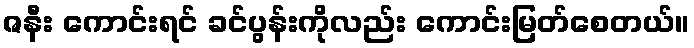
ဇနီး ကောင်းရင် ခင်ပွန်းကိုလည်း ကောင်းမြတ်စေတယ်။